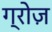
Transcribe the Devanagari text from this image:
ग्रोज़